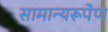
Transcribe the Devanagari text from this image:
सामान्यरूपेण